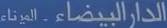
الذات،البيضاء-ال